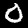
Label: 0